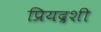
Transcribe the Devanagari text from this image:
प्रियद्रशी